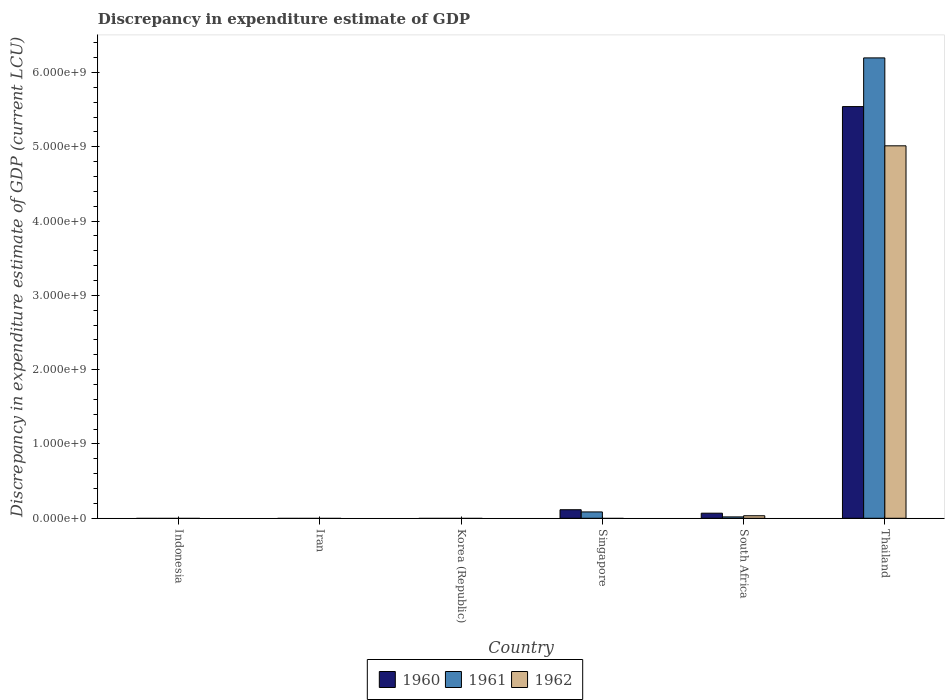
| Country | 1960 | 1961 | 1962 |
 | --- | --- | --- | --- |
 | Indonesia | -5.98e+06 | -5.13e+06 | -7.9e+06 |
 | Iran | -4.44e+10 | -4.48e+10 | -4.79e+10 |
 | Korea (Republic) | -4.22e+08 | -3.24e+08 | -4.47e+08 |
 | Singapore | 1.15e+08 | 8.53e+07 | -4.22e+07 |
 | South Africa | 6.83e+07 | 1.84e+07 | 3.4e+07 |
 | Thailand | 5.54e+09 | 6.2e+09 | 5.01e+09 |